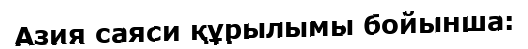
Азия саяси құрылымы бойынша: